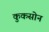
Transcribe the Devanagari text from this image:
कुकसोन